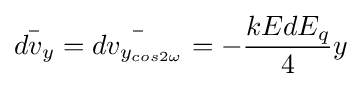
{\bar {dv_{y}}}={\bar {dv_{y_{cos2\omega }}}}=-{\frac {kEdE_{q}}{4}}y